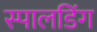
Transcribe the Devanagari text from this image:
स्पालडिंग